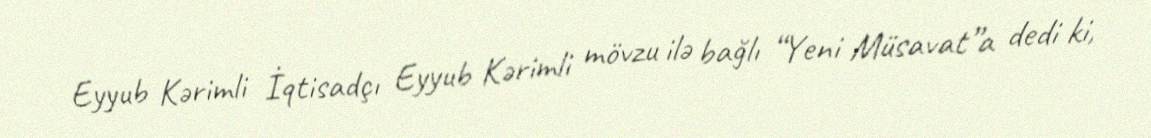
Eyyub Kərimli İqtisadçı Eyyub Kərimli mövzu ilə bağlı “Yeni Müsavat”a dedi ki,